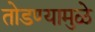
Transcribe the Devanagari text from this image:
तोडण्यामुळे